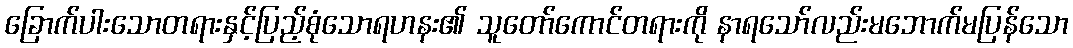
ခြောက်ပါးသောတရားနှင့်ပြည့်စုံသောရဟနး၏ သူတော်ကောင်တရားကို နာရသော်လည်းမဘောက်မပြန်သော